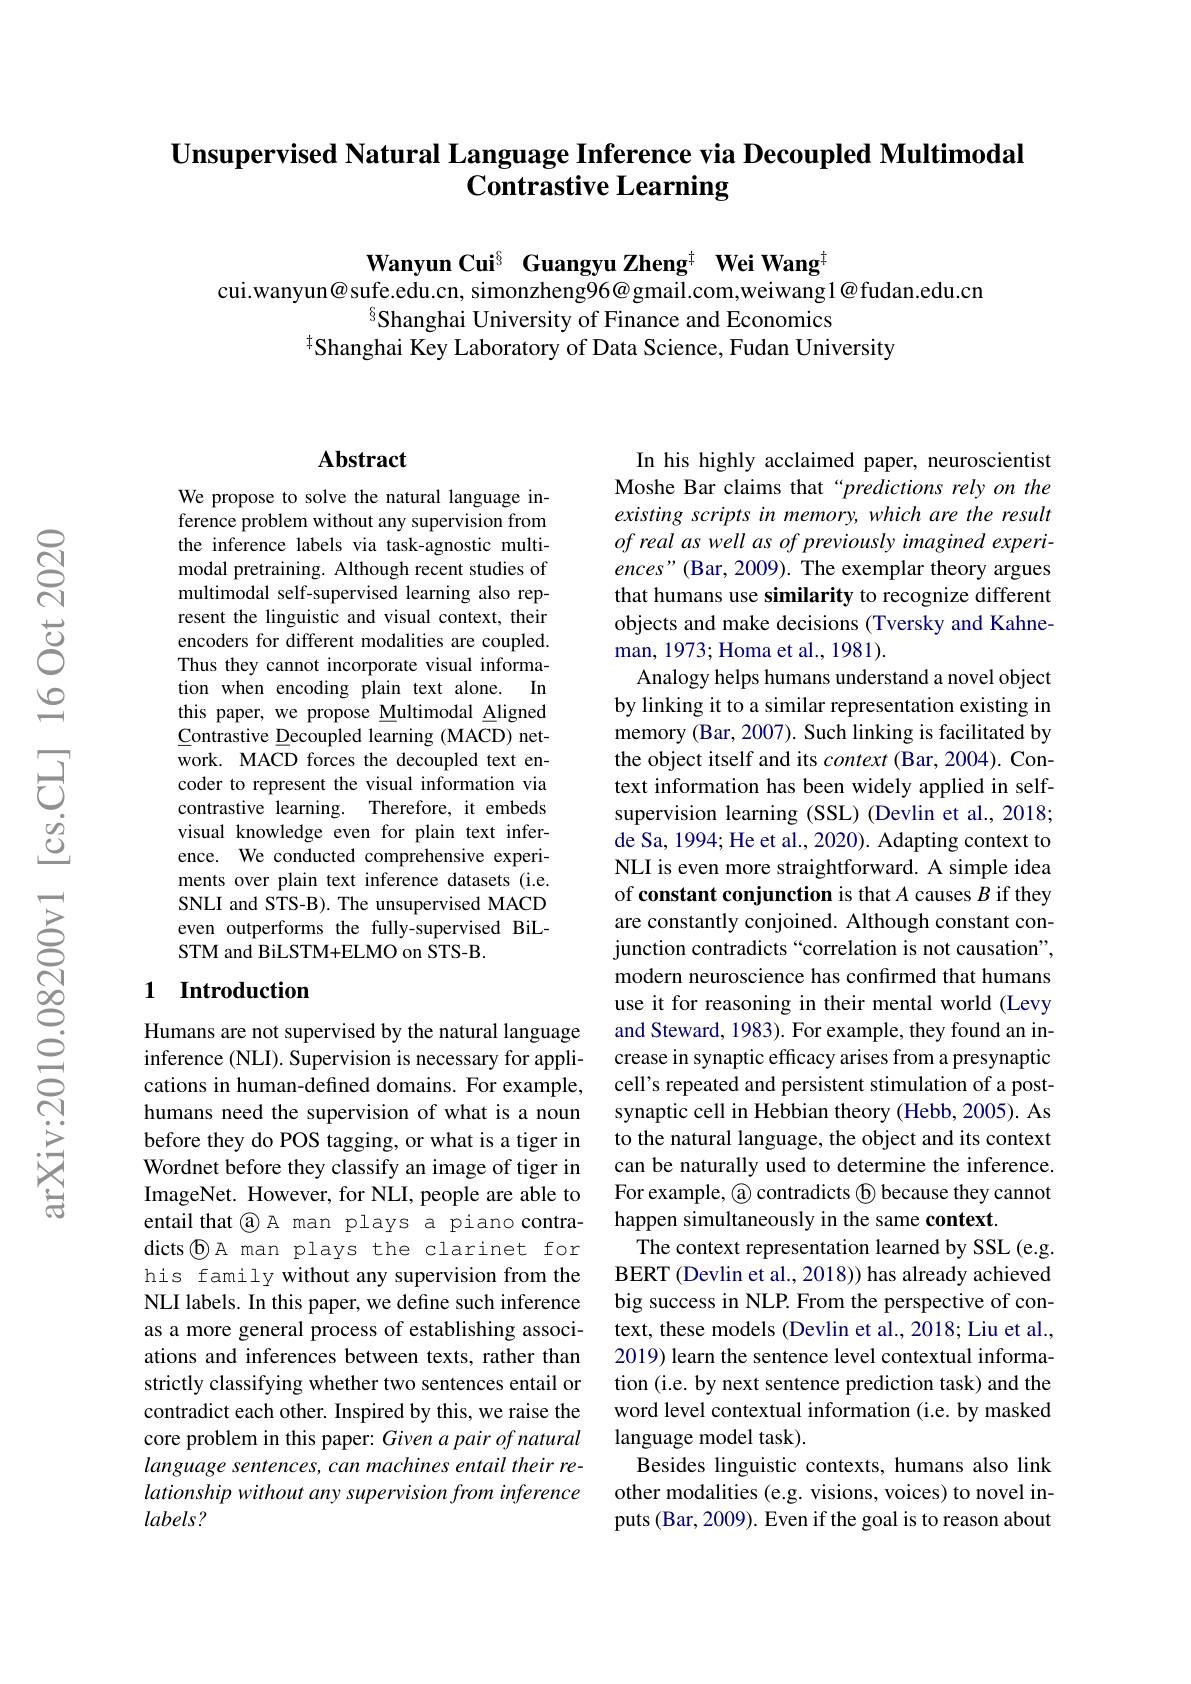
# Unsupervised Natural Language Inference via Decoupled Multimodal $\textbf{Contrastive Learning}$

Wanyun Cui$^{\mathrm{s}}$ Guangyu Zheng$^{\mathrm{t}}$ Wei Wang$^{\mathrm{t}}$
cui.wanyun@sufe.edu.cn, simonzheng96@gmail.com,weiwang1@fudan.edu.cn
Shanghai University of Finance and Economics
$^{\dagger}$Shanghai Key Laboratory of Data Science, Fudan University

### $\mathbf{Abstract}$

We propose to solve the natural language inference problem without any supervision from the inference labels via task-agnostic multimodal pretraining. Although recent studies of multimodal self-supervised learning also represent the linguistic and visual context, their encoders for different modalities are coupled. Thus they cannot incorporate visual informa-
$In$
tion when encoding plain text alone.
this paper, we propose Multimodal Aligned $\underline{{\mathrm{Contrastive~Decoupled~learning~(MACD)~net-}}}$ work. MACD forces the decoupled text encoder to represent the visual information via contrastive learning. Therefore, it embeds visual knowledge even for plain text inference. We conducted comprehensive experiments over plain text inference datasets (i.e. SNLI and STS-B). The unsupervised MACD even outperforms the fully-supervised BiLSTM and BiLSTM+ELMO on STS-B.

## 1 Introduction

Humans are not supervised by the natural language inference (NLI). Supervision is necessary for applications in human-defined domains. For example, humans need the supervision of what is a noun before they do POS tagging, or what is a tiger in Wordnet before they classify an image of tiger in ImageNet. However, for NLI, people are able to entail that @ A man plays a piano contra- $dicts\textcircled D A man plays the clarinet for$ his family without any supervision from the NLI labels. In this paper, we define such inference as a more general process of establishing associations and inferences between texts, rather than strictly classifying whether two sentences entail or contradict each other. Inspired by this, we raise the core problem in this paper: Given a pair of natural language sentences, can machines entail their relationship without any supervision from inference $labels?$

In his highly acclaimed paper, neuroscientist Moshe Bar claims that“predictions rely on the existing scripts in memory, which are the result of real as well as of previously imagined experiences" (Bar, 2009). The exemplar theory argues that humans use similarity to recognize different objects and make decisions (Tversky and Kahneman, 1973; Homa et al., 1981).
Analogy helps humans understand a novel object by linking it to a similar representation existing in memory (Bar, 2007). Such linking is facilitated by the object itself and its context (Bar, 2004). Context information has been widely applied in selfsupervision learning (SSL) (Devlin et al., 2018; de Sa, 1994; He et al., 2020). Adapting context to NLI is even more straightforward. A simple idea of constant conjunction is that $A$ causes $B$ if they are constantly conjoined. Although constant conjunction contradicts “correlation is not causation", modern neuroscience has confirmed that humans use it for reasoning in their mental world (Levy and Steward, 1983). For example, they found an increase in synaptic efficacy arises from a presynaptic cell's repeated and persistent stimulation of a postsynaptic cell in Hebbian theory (Hebb, 2005). As to the natural language, the object and its context can be naturally used to determine the inference. For example, @ contradicts ® because they cannot happen simultaneously in the same context.
The context representation learned by SSL (e.g. BERT (Devlin et al., 2018)) has already achieved big success in NLP. From the perspective of context, these models (Devlin et al., 2018; Liu et al., 2019) learn the sentence level contextual information (i.e. by next sentence prediction task) and the word level contextual information (i.e. by masked language model task).
Besides linguistic contexts, humans also link other modalities (e.g. visions, voices) to novel inputs (Bar, 2009). Even if the goal is to reason about